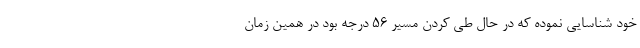
خود شناسایی نموده که در حال طی کردن مسیر ۵۶ درجه بود در همین زمان